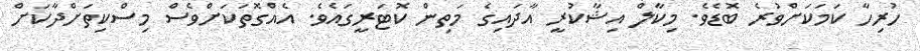
ހުރިހާ ކަމަކަށްވުރެ ބޮޑެވެ. މިކާލް އިޝާކުރީ އާދައިގެ މަތިން ކޮޓަރީގައެވެ. އެއްގޮތަކަށްވެސް މިސްކިތަށްދާކަށް